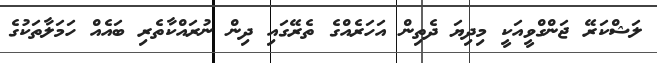
ލަޝްކަރޭ ޖަންގްވީއަކީ މިދިޔަ ދެތިން އަހަރެއްގެ ތެރޭގައި ދިން ނުރައްކާތެރި ބައެއް ހަމަލާތަކުގެ